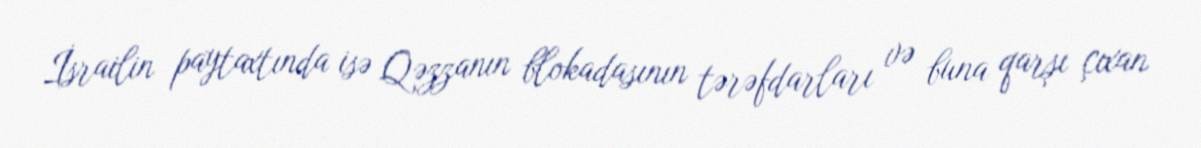
İsrailin paytaxtında isə Qəzzanın blokadasının tərəfdarları və buna qarşı çıxan